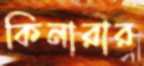
কিনারার